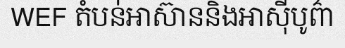
WEF តំបន់អាស៊ាននិងអាស៊ីបូព៌ា